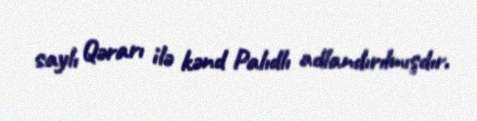
saylı Qərarı ilə kənd Palıdlı adlandırılmışdır.